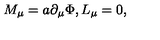
M _ { \mu } = a \partial _ { \mu } \Phi , L _ { \mu } = 0 ,